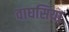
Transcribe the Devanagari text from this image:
वाघसिया